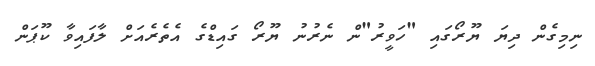
ނިމިގެން ދިޔަ ޔޫރޯގައި "ހަވީރު"ން ނެރުނު ޔޫރޯ ގައިޑްގެ އެތެރެއަށް ލާފައިވާ ކޫޕަން